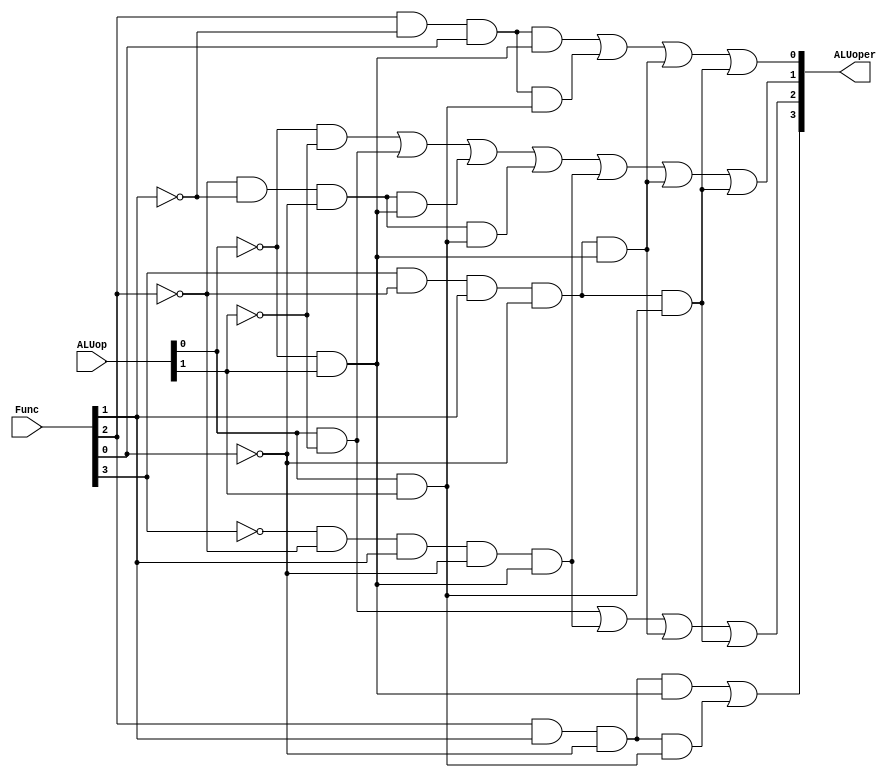
`timescale 1ns / 1ps
//////////////////////////////////////////////////////////////////////////////////
// Company:
// Engineer:
//
// Design Name:
// Module Name:    ALUctr
// Project Name:
// Target Devices:
// Tool versions:
// Description:
//
// Dependencies:
//
// Revision:
// Revision 0.01 - File Created
// Additional Comments:
//
//////////////////////////////////////////////////////////////////////////////////
module ALUctr(
        input[1:0] ALUop,
        input[5:0] Func,
        output[3:0] ALUoper
    );

    wire R_type, I_type, Op_00, Op_01;
    wire Add_func, Sub_func, And_func, Or_func, Xor_func, Slt_func;
    wire oper0_1, oper0_2, oper0_3, oper0_4;
    wire oper1_1, oper1_2, oper1_3, oper1_4, oper1_5;
    wire oper2_1, oper2_2, oper2_3;
    wire oper3_1, oper3_2;

    and (Op_00, ~ALUop[0], ~ALUop[1]);
    and (Op_01, ALUop[0], ~ALUop[1]);
    and (R_type, ~ALUop[0], ALUop[1]);
    and (I_type, ALUop[0], ALUop[1]);

    and (Add_func, ~Func[2], ~Func[1], ~Func[0]); //x000
    and (Sub_func, ~Func[3], ~Func[2], Func[1], ~Func[0]); //0010
    and (And_func, Func[2], ~Func[1], ~Func[0]); //x100
    and (Or_func, Func[2], ~Func[1], Func[0]); //x101
    and (Xor_func, Func[2], Func[1], ~Func[0]); //x110
    and (Slt_func, Func[3], ~Func[2], Func[1], ~Func[0]); //1010

    and (oper0_1, Or_func, R_type);
    and (oper0_2, Or_func, I_type);
    and (oper0_3, Slt_func, R_type);
    and (oper0_4, Slt_func, I_type);
    or (ALUoper[0], oper0_1, oper0_2, oper0_3, oper0_4);

    and (oper1_1, Add_func, R_type);
    and (oper1_2, Add_func, I_type);
    and (oper1_3, Sub_func, R_type);
    and (oper1_4, Slt_func, R_type);
    and (oper1_5, Slt_func, I_type);
    or (ALUoper[1], Op_00, Op_01, oper1_1, oper1_2, oper1_3, oper1_4, oper1_5);

    and (oper2_1, Sub_func, R_type);
    and (oper2_2, Slt_func, R_type);
    and (oper2_3, Slt_func, I_type);
    or (ALUoper[2], Op_01, oper2_1, oper2_2, oper2_3);

    and (oper3_1, Xor_func, R_type);
    and (oper3_2, Xor_func, I_type);
    or (ALUoper[3], oper3_1, oper3_2);

endmodule